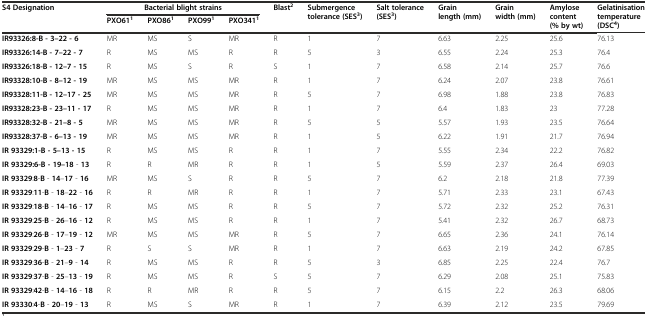
<table><thead><tr><td rowspan="2"><b>S4 Designation</b></td><td colspan="4"><b>Bacterial blight strains</b></td><td rowspan="2"><b>Blast<sup>2</sup></b></td><td rowspan="2"><b>Submergence tolerance (SES<sup>3</sup>)</b></td><td rowspan="2"><b>Salt tolerance (SES<sup>3</sup>)</b></td><td rowspan="2"><b>Grain length (mm)</b></td><td rowspan="2"><b>Grain width (mm)</b></td><td rowspan="2"><b>Amylose content (% by wt)</b></td><td rowspan="2"><b>Gelatinisation temperature (DSC<sup>4</sup>)</b></td></tr><tr><td><b>PXO61<sup>1</sup></b></td><td><b>PXO86<sup>1</sup></b></td><td><b>PXO99<sup>1</sup></b></td><td><b>PXO341<sup>1</sup></b></td></tr></thead><tbody><tr><td><b>IR93326:8-B - 3–22 - 6</b></td><td>MR</td><td>MS</td><td>S</td><td>MR</td><td>R</td><td>1</td><td>7</td><td>6.63</td><td>2.25</td><td>25.6</td><td>76.13</td></tr><tr><td><b>IR93326:14-B - 7–22 - 7</b></td><td>R</td><td>MS</td><td>MS</td><td>R</td><td>R</td><td>5</td><td>3</td><td>6.55</td><td>2.24</td><td>25.3</td><td>76.4</td></tr><tr><td><b>IR93326:18-B - 12–7 - 15</b></td><td>R</td><td>MS</td><td>S</td><td>R</td><td>S</td><td>1</td><td>7</td><td>6.58</td><td>2.14</td><td>25.7</td><td>76.6</td></tr><tr><td><b>IR93328:10-B - 8–12 - 19</b></td><td>MR</td><td>MS</td><td>MS</td><td>MR</td><td>R</td><td>1</td><td>7</td><td>6.24</td><td>2.07</td><td>23.8</td><td>76.61</td></tr><tr><td><b>IR93328:11-B - 12–17 - 25</b></td><td>MR</td><td>MS</td><td>MS</td><td>MR</td><td>R</td><td>5</td><td>7</td><td>6.98</td><td>1.88</td><td>23.8</td><td>76.83</td></tr><tr><td><b>IR93328:23-B - 23–11 - 17</b></td><td>R</td><td>MS</td><td>MS</td><td>MR</td><td>R</td><td>1</td><td>7</td><td>6.4</td><td>1.83</td><td>23</td><td>77.28</td></tr><tr><td><b>IR93328:32-B - 21–8 - 5</b></td><td>MR</td><td>MS</td><td>MS</td><td>MR</td><td>R</td><td>5</td><td>5</td><td>5.57</td><td>1.93</td><td>23.5</td><td>76.64</td></tr><tr><td><b>IR93328:37-B - 6–13 - 19</b></td><td>MR</td><td>MS</td><td>MS</td><td>MR</td><td>R</td><td>1</td><td>5</td><td>6.22</td><td>1.91</td><td>21.7</td><td>76.94</td></tr><tr><td><b>IR 93329:1-B - 5–13 - 15</b></td><td>R</td><td>MS</td><td>MS</td><td>R</td><td>R</td><td>1</td><td>7</td><td>5.55</td><td>2.34</td><td>22.2</td><td>76.82</td></tr><tr><td><b>IR 93329:6-B - 19–18</b> - <b>13</b></td><td>R</td><td>R</td><td>MR</td><td>R</td><td>R</td><td>1</td><td>5</td><td>5.59</td><td>2.37</td><td>26.4</td><td>69.03</td></tr><tr><td><b>IR 93329</b>:<b>8</b>-<b>B</b> - <b>14</b>–<b>17</b> - <b>16</b></td><td>MR</td><td>MS</td><td>S</td><td>R</td><td>R</td><td>5</td><td>7</td><td>6.2</td><td>2.18</td><td>21.8</td><td>77.39</td></tr><tr><td><b>IR 93329</b>:<b>11</b>-<b>B</b> - <b>18</b>–<b>22</b> - <b>16</b></td><td>R</td><td>R</td><td>MR</td><td>R</td><td>R</td><td>1</td><td>7</td><td>5.71</td><td>2.33</td><td>23.1</td><td>67.43</td></tr><tr><td><b>IR 93329</b>:<b>18</b>-<b>B</b> - <b>14</b>–<b>16</b> - <b>17</b></td><td>R</td><td>MS</td><td>MS</td><td>R</td><td>R</td><td>5</td><td>7</td><td>5.72</td><td>2.32</td><td>25.2</td><td>76.31</td></tr><tr><td><b>IR 93329</b>:<b>25</b>-<b>B</b> - <b>26</b>–<b>16</b> - <b>12</b></td><td>R</td><td>MS</td><td>MS</td><td>R</td><td>R</td><td>1</td><td>7</td><td>5.41</td><td>2.32</td><td>26.7</td><td>68.73</td></tr><tr><td><b>IR 93329</b>:<b>26</b>-<b>B</b> - <b>17</b>–<b>19</b> - <b>12</b></td><td>MR</td><td>MS</td><td>MS</td><td>MR</td><td>R</td><td>5</td><td>7</td><td>6.65</td><td>2.36</td><td>24.1</td><td>76.14</td></tr><tr><td><b>IR 93329</b>:<b>29</b>-<b>B</b> - <b>1</b>–<b>23</b> - <b>7</b></td><td>R</td><td>S</td><td>S</td><td>MR</td><td>R</td><td>1</td><td>7</td><td>6.63</td><td>2.19</td><td>24.2</td><td>67.85</td></tr><tr><td><b>IR 93329</b>:<b>36</b>-<b>B</b> - <b>21</b>–<b>9</b> - <b>14</b></td><td>R</td><td>MS</td><td>MS</td><td>R</td><td>R</td><td>5</td><td>3</td><td>6.85</td><td>2.25</td><td>22.4</td><td>76.7</td></tr><tr><td><b>IR 93329</b>:<b>37</b>-<b>B</b> - <b>25</b>–<b>13</b> - <b>19</b></td><td>R</td><td>MS</td><td>MS</td><td>R</td><td>S</td><td>5</td><td>7</td><td>6.29</td><td>2.08</td><td>25.1</td><td>75.83</td></tr><tr><td><b>IR 93329</b>:<b>42</b>-<b>B</b> - <b>14</b>–<b>16</b> - <b>18</b></td><td>R</td><td>R</td><td>MR</td><td>R</td><td>R</td><td>5</td><td>7</td><td>6.15</td><td>2.2</td><td>26.3</td><td>68.06</td></tr><tr><td><b>IR 93330</b>:<b>4</b>-<b>B</b> - <b>20</b>–<b>19</b> - <b>13</b></td><td>R</td><td>MS</td><td>S</td><td>MR</td><td>R</td><td>1</td><td>7</td><td>6.39</td><td>2.12</td><td>23.5</td><td>79.69</td></tr></tbody></table>